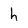
Character: h